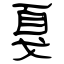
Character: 戛